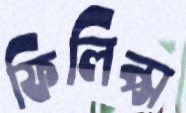
ফিলিপ্স